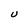
Character: U